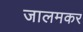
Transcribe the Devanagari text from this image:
जालमकर